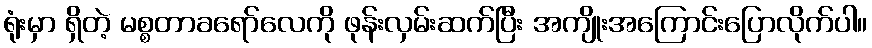
ရုံးမှာ ရှိတဲ့ မစ္စတာခရော်လေကို ဖုန်းလှမ်းဆက်ပြီး အကျိုးအကြောင်းပြောလိုက်ပါ။